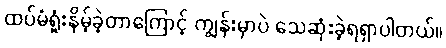
ထပ်မံရှုံးနိမ့်ခဲ့တာကြောင့် ကျွန်းမှာပဲ သေဆုံးခဲ့ရရှာပါတယ်။